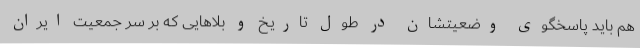
هم باید پاسخگوی وضعیتشان در طول تاریخ و بلاهایی که بر سر جمعیت ایران